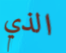
الذي